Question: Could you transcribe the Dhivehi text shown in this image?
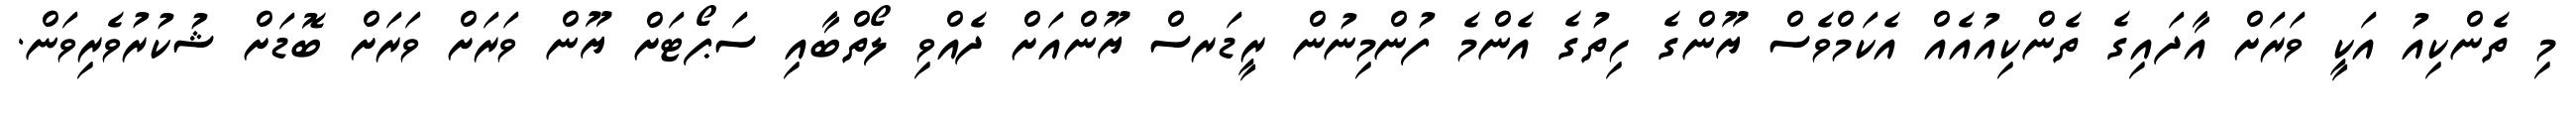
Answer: މި ތެންކިއު އަކީ ވަރަށް އާދައިގެ ތެންކިއުއެއް އެކަމްވެސް ޔޫންގެ ހިތުގެ އެންމެ ފުންމިނުން ރީޑަރސް ޔޫންއަށް ދެއްވި ލޯތްބާއި ސަޕޯޓަށް ޔޫން ވަރަށް ވަރަށް ބޮޑަށް ޝުކުރުވެރިވަން.